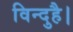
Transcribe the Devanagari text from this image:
विन्दुहै।